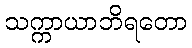
သက္ကာယာဘိရတော